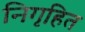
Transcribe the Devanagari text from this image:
निगृहित